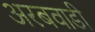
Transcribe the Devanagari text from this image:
अरबवाडी